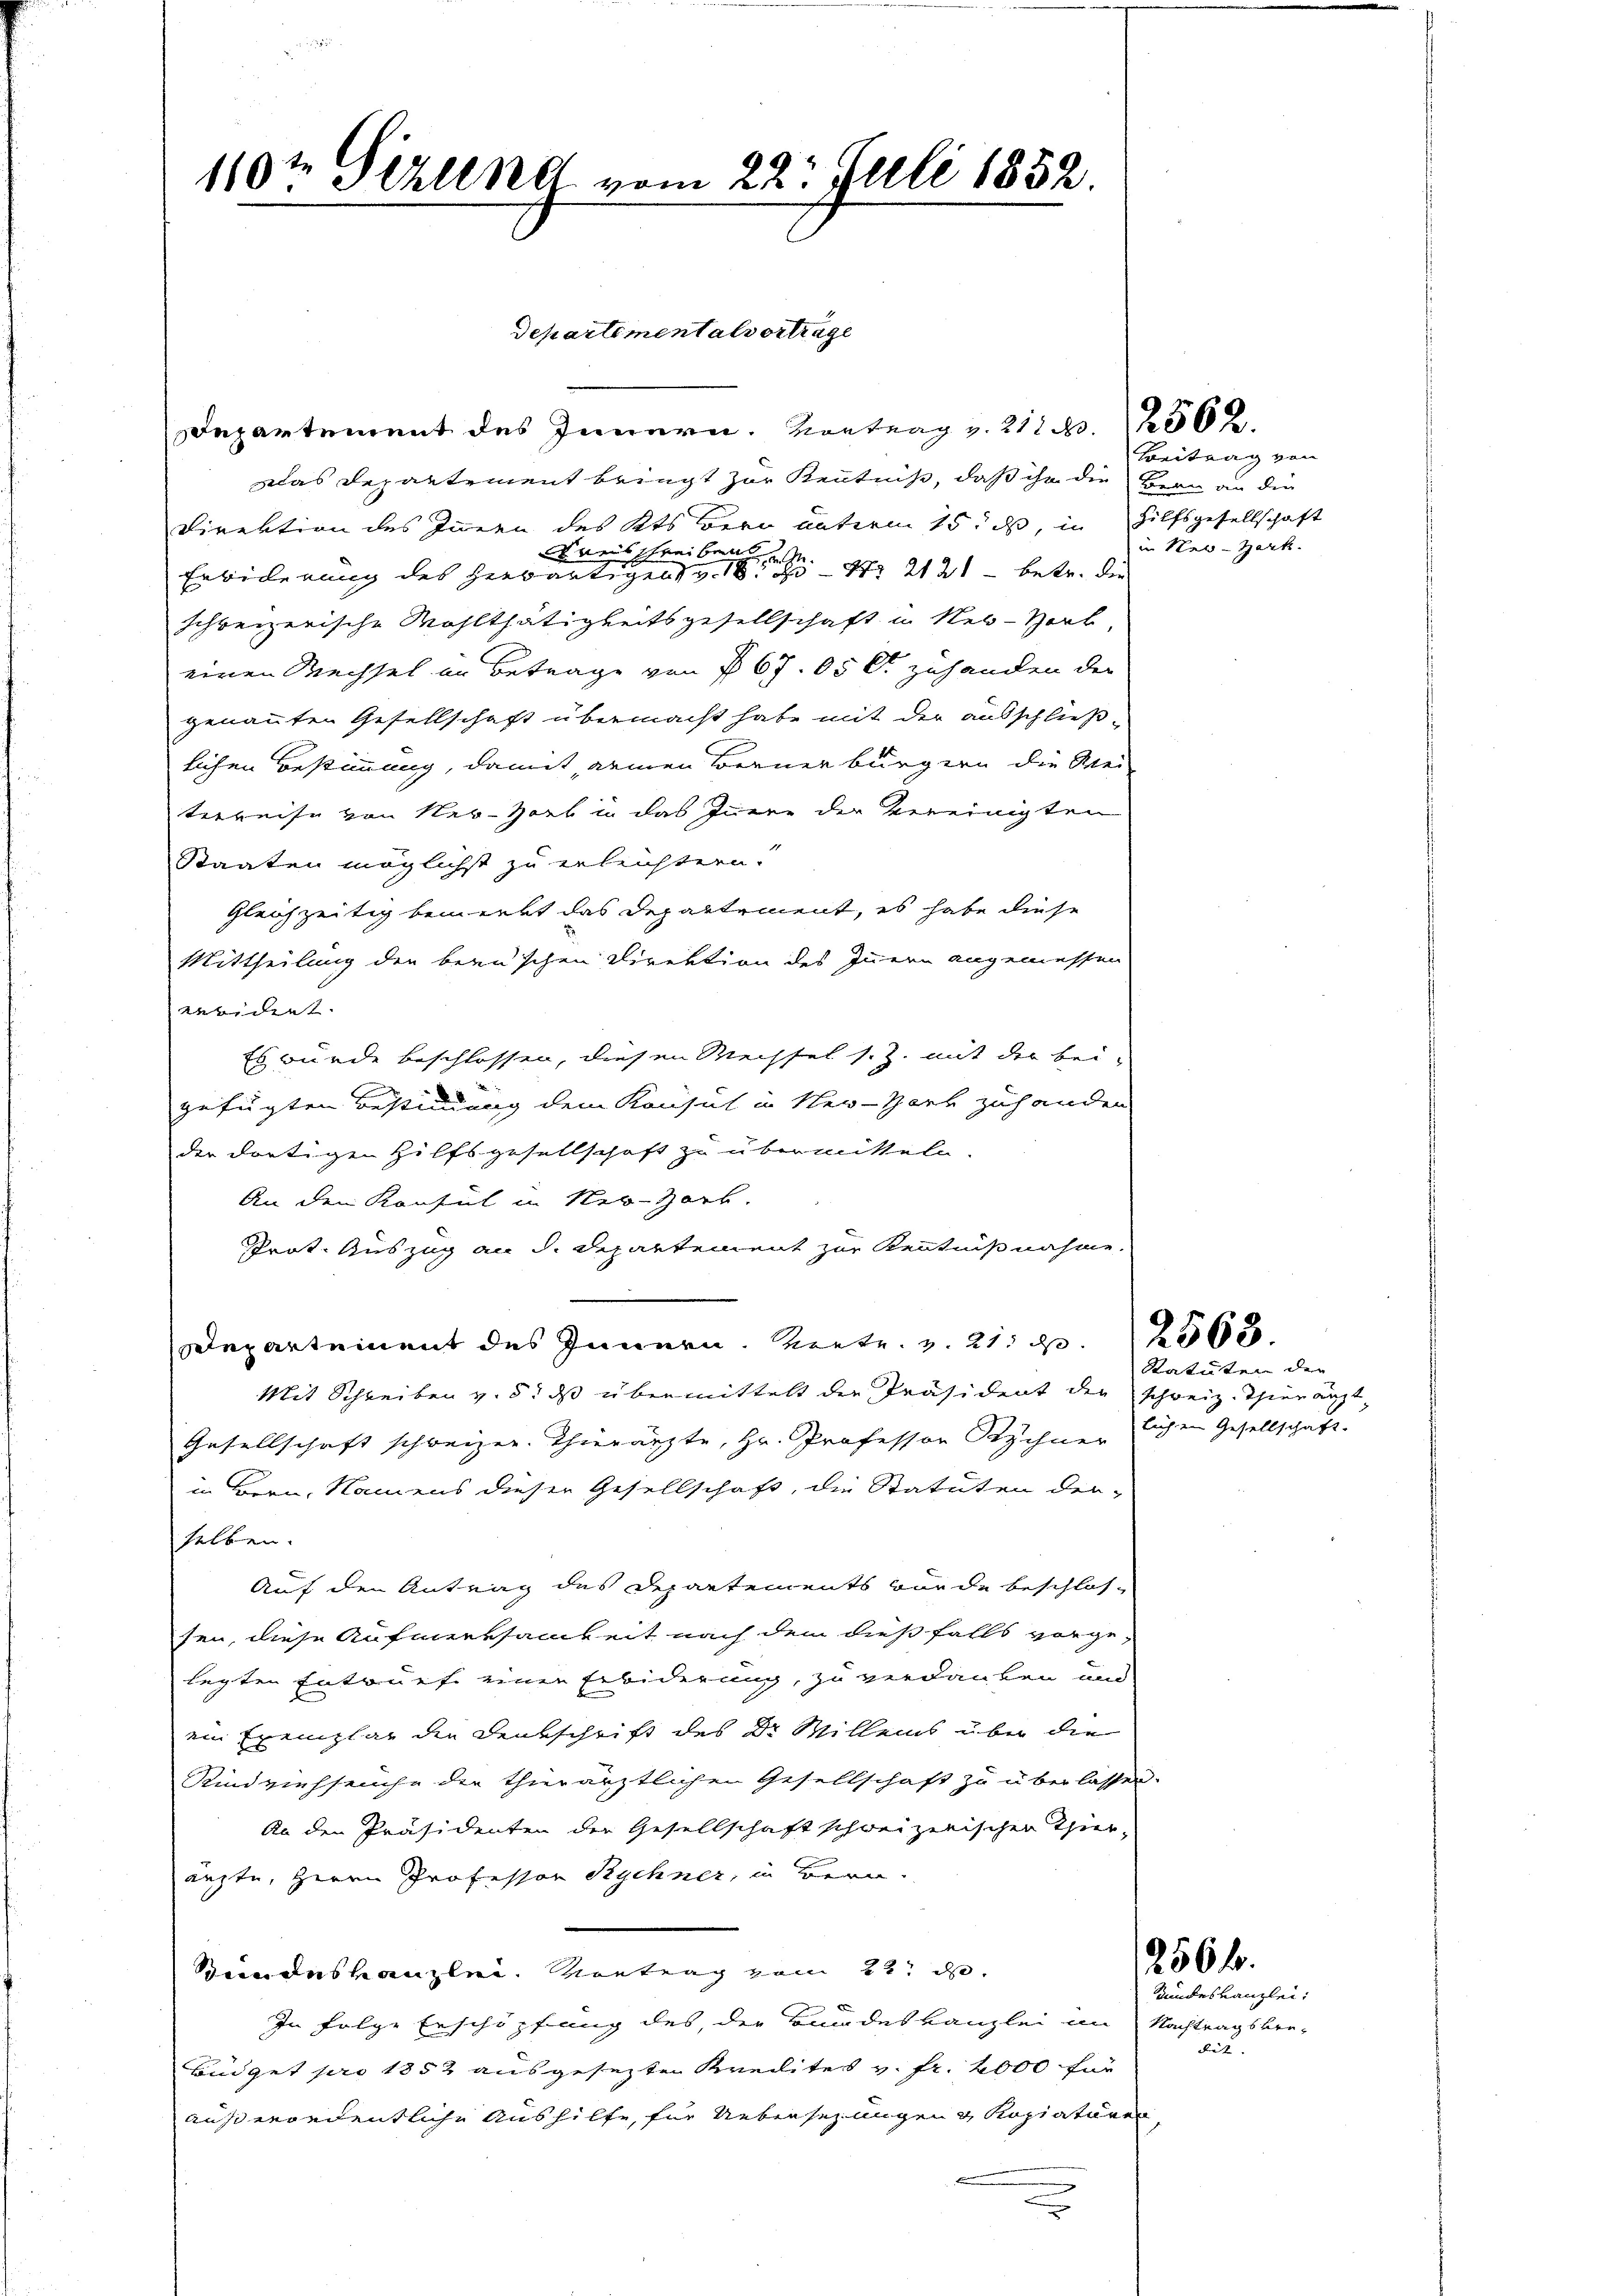
119te Sirung vom 22. Juli 1852.

Departement des Innern. Vortrag v. 21. 2562.
das Departement bringt zur Kenntniß, daß ihr die Beau an die
Direktion des Innern des Kts. Bern unterm 15. ds, in Hilfsgesellschaft
Kreisschreiben
Erbiderung des herwärtigen v. 18. 85 - 14. 2121 betr. die
schweizerische Wohlthätigkeitsgesellschaft in New-York,
einen Wechsel an Betrage von § 67. 65 l. zuhanden der
genannten Gesellschaft übermacht habe mit der ausschließlichen Bestimmung, damit keinen Berner bürgern die Meiterreise von Ner-Horb in das Innere der Vereinigten
Staaten möglichst zu erleichtern.
gleichzeitig bemerkt das Departement, es habe diese
Mittheilung der berischen Direktion des Innern angemessen
weridert.
Es wurde beschlossen, diesen Messel s. Z. mit der bei-
gefügten Bestimmung dem Konsul in New-York zuhanden
der dortigen Hilfsgesellschaft zu übermitteln.
An den Konsul in Ner-Horb.
Prot. Auszug an d. Departement zur Kenntnißnahme.
Departement des Innern. Werte. v. 21. 563.
Mit Schreiben v. 5. ds übermittelt die Präsident der schweiz. Thierauft
Gesellschaft schweizer. Thierärzte, Hr. Professor Schner sichen Gesellschaft.
in Bern, Namens dieser Gesellschaft, die Statuten der-
selben.
Auf den Antrag des Departements wurde beschlos-
sen, diese Aufmerksamkeit nach dem dießfalls vorge-
legten Entwurf einer Erbiderung, zu verdanken und
ein Exemplar die Denkschrift des Dr. Millens über die
Kindviehseuche der thierärztlichen Gesellschaft zu überlassen.
An den Präsidenten der Gesellschaft schweizerischer Thier
ärzte, Herrn Professor Rychner, in Bern.
Beinenskanzlei. Kontrag vom 22. d.
In folge Erschöpfung des, der Bundeskanzlei im Nachtragsbre-
Büdget pro 1852 ausgesezten Kredites v. fr. 2000 für
außerordentliche Aushilfe, für Uebersezungen & Kopiaturer
2

Departementalvertrage

Beitrag von
in Nal-Zark.

Statuten der

2566.
Bundeskanzlei:

dit. |